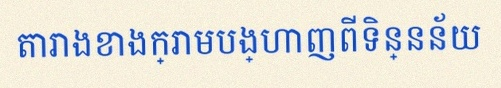
តារាងខាងក្រោមបង្ហាញពីទិន្នន័យ